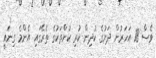
ވެސް 18 އަހަރުން ދަށުގެ ކުދިން ކުރި ކުށްތަކުގެ ތެރޭގައި އެންމެ ގިނައީ